Leningradi_Edasi_toimetus, lk 238
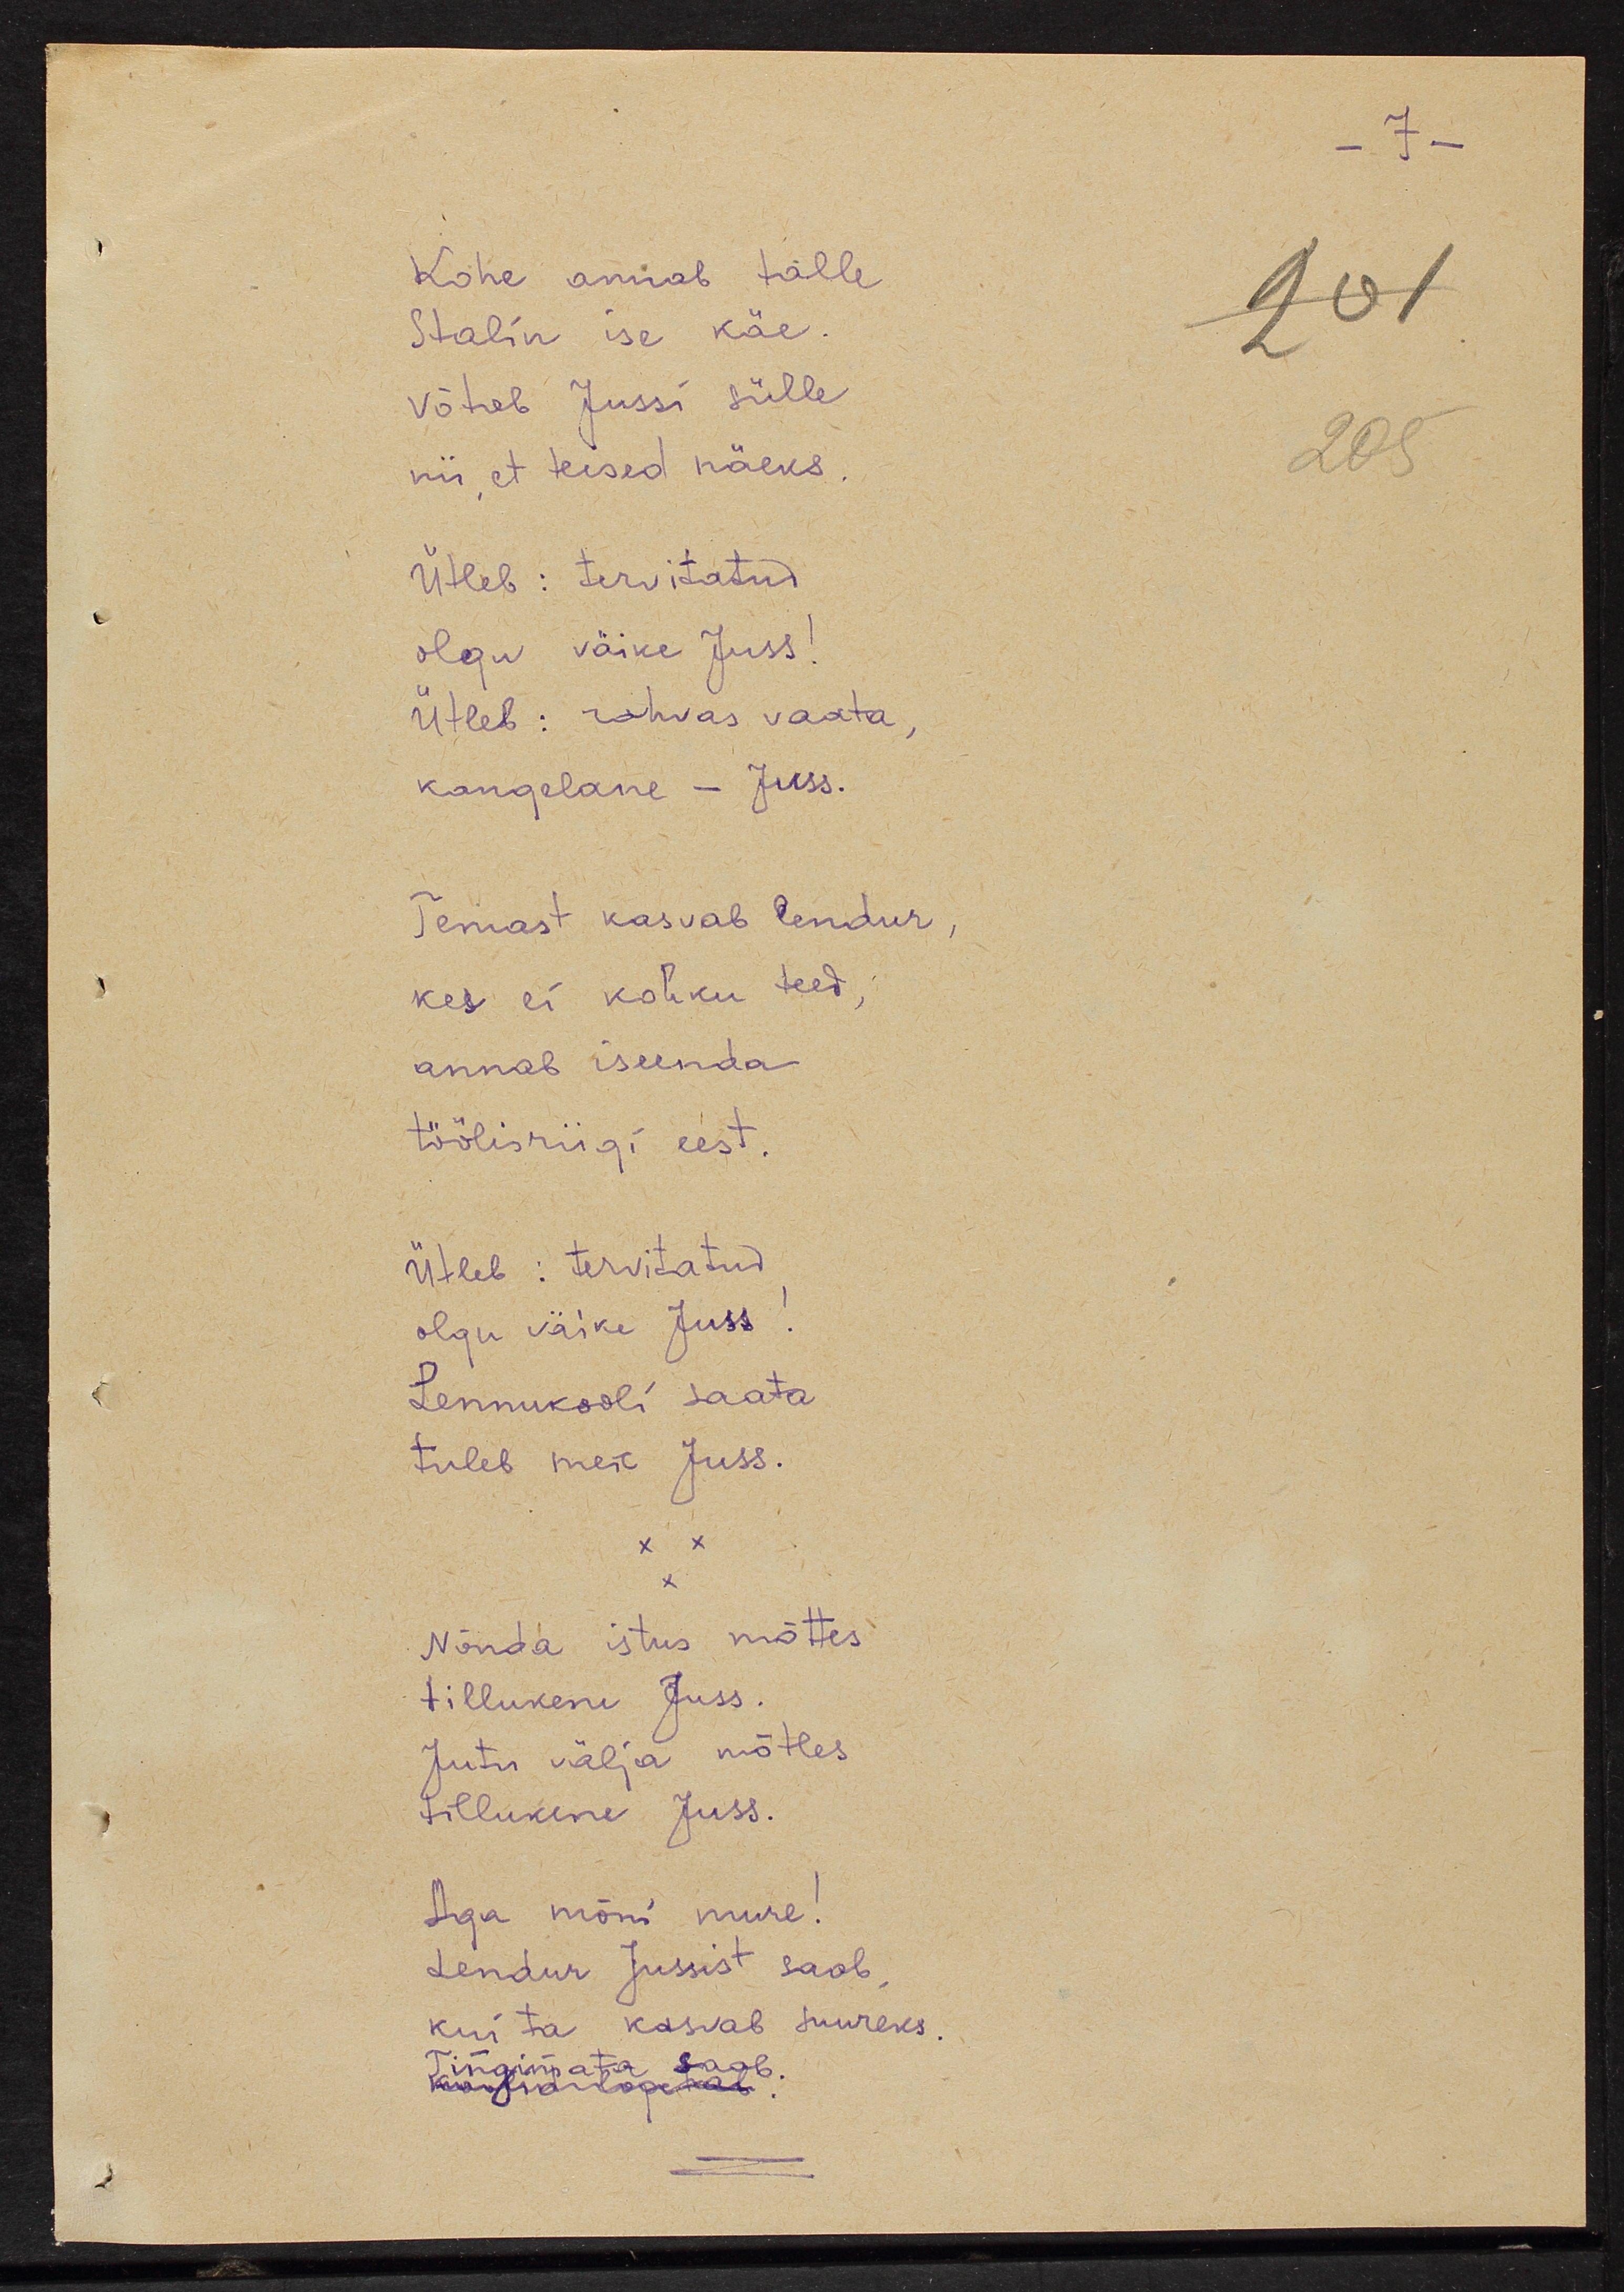
Kohe annab talle
Stalin ise käe
võtab Jussi sülle
nii, et teised näeks.
Ütleb: tervitatud
olgu väike Juss!
Ütleb: rahvas vaata,
kangelane - Juss.
Temast kasvab lendur
kes ei kohku teed,
annab iseenda
töölisriigi eest.
Ütleb: tervitatud
olgu väike Juss!
Lennukooli saata 
tuleb meie Juss.
Nõnda istus mõttes
tillukene Juss.
Jutu välja mõtles
tillukene Juss
Aga mõni mure!
Lendur Jussist saab,
kui ta kasvab suureks.
Tingimata saab.
koolid lõpetab.